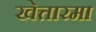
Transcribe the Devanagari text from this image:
खेत्तारमा